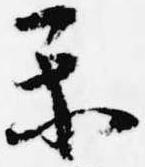
楽